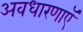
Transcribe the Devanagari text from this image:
अवधारणाएॅ